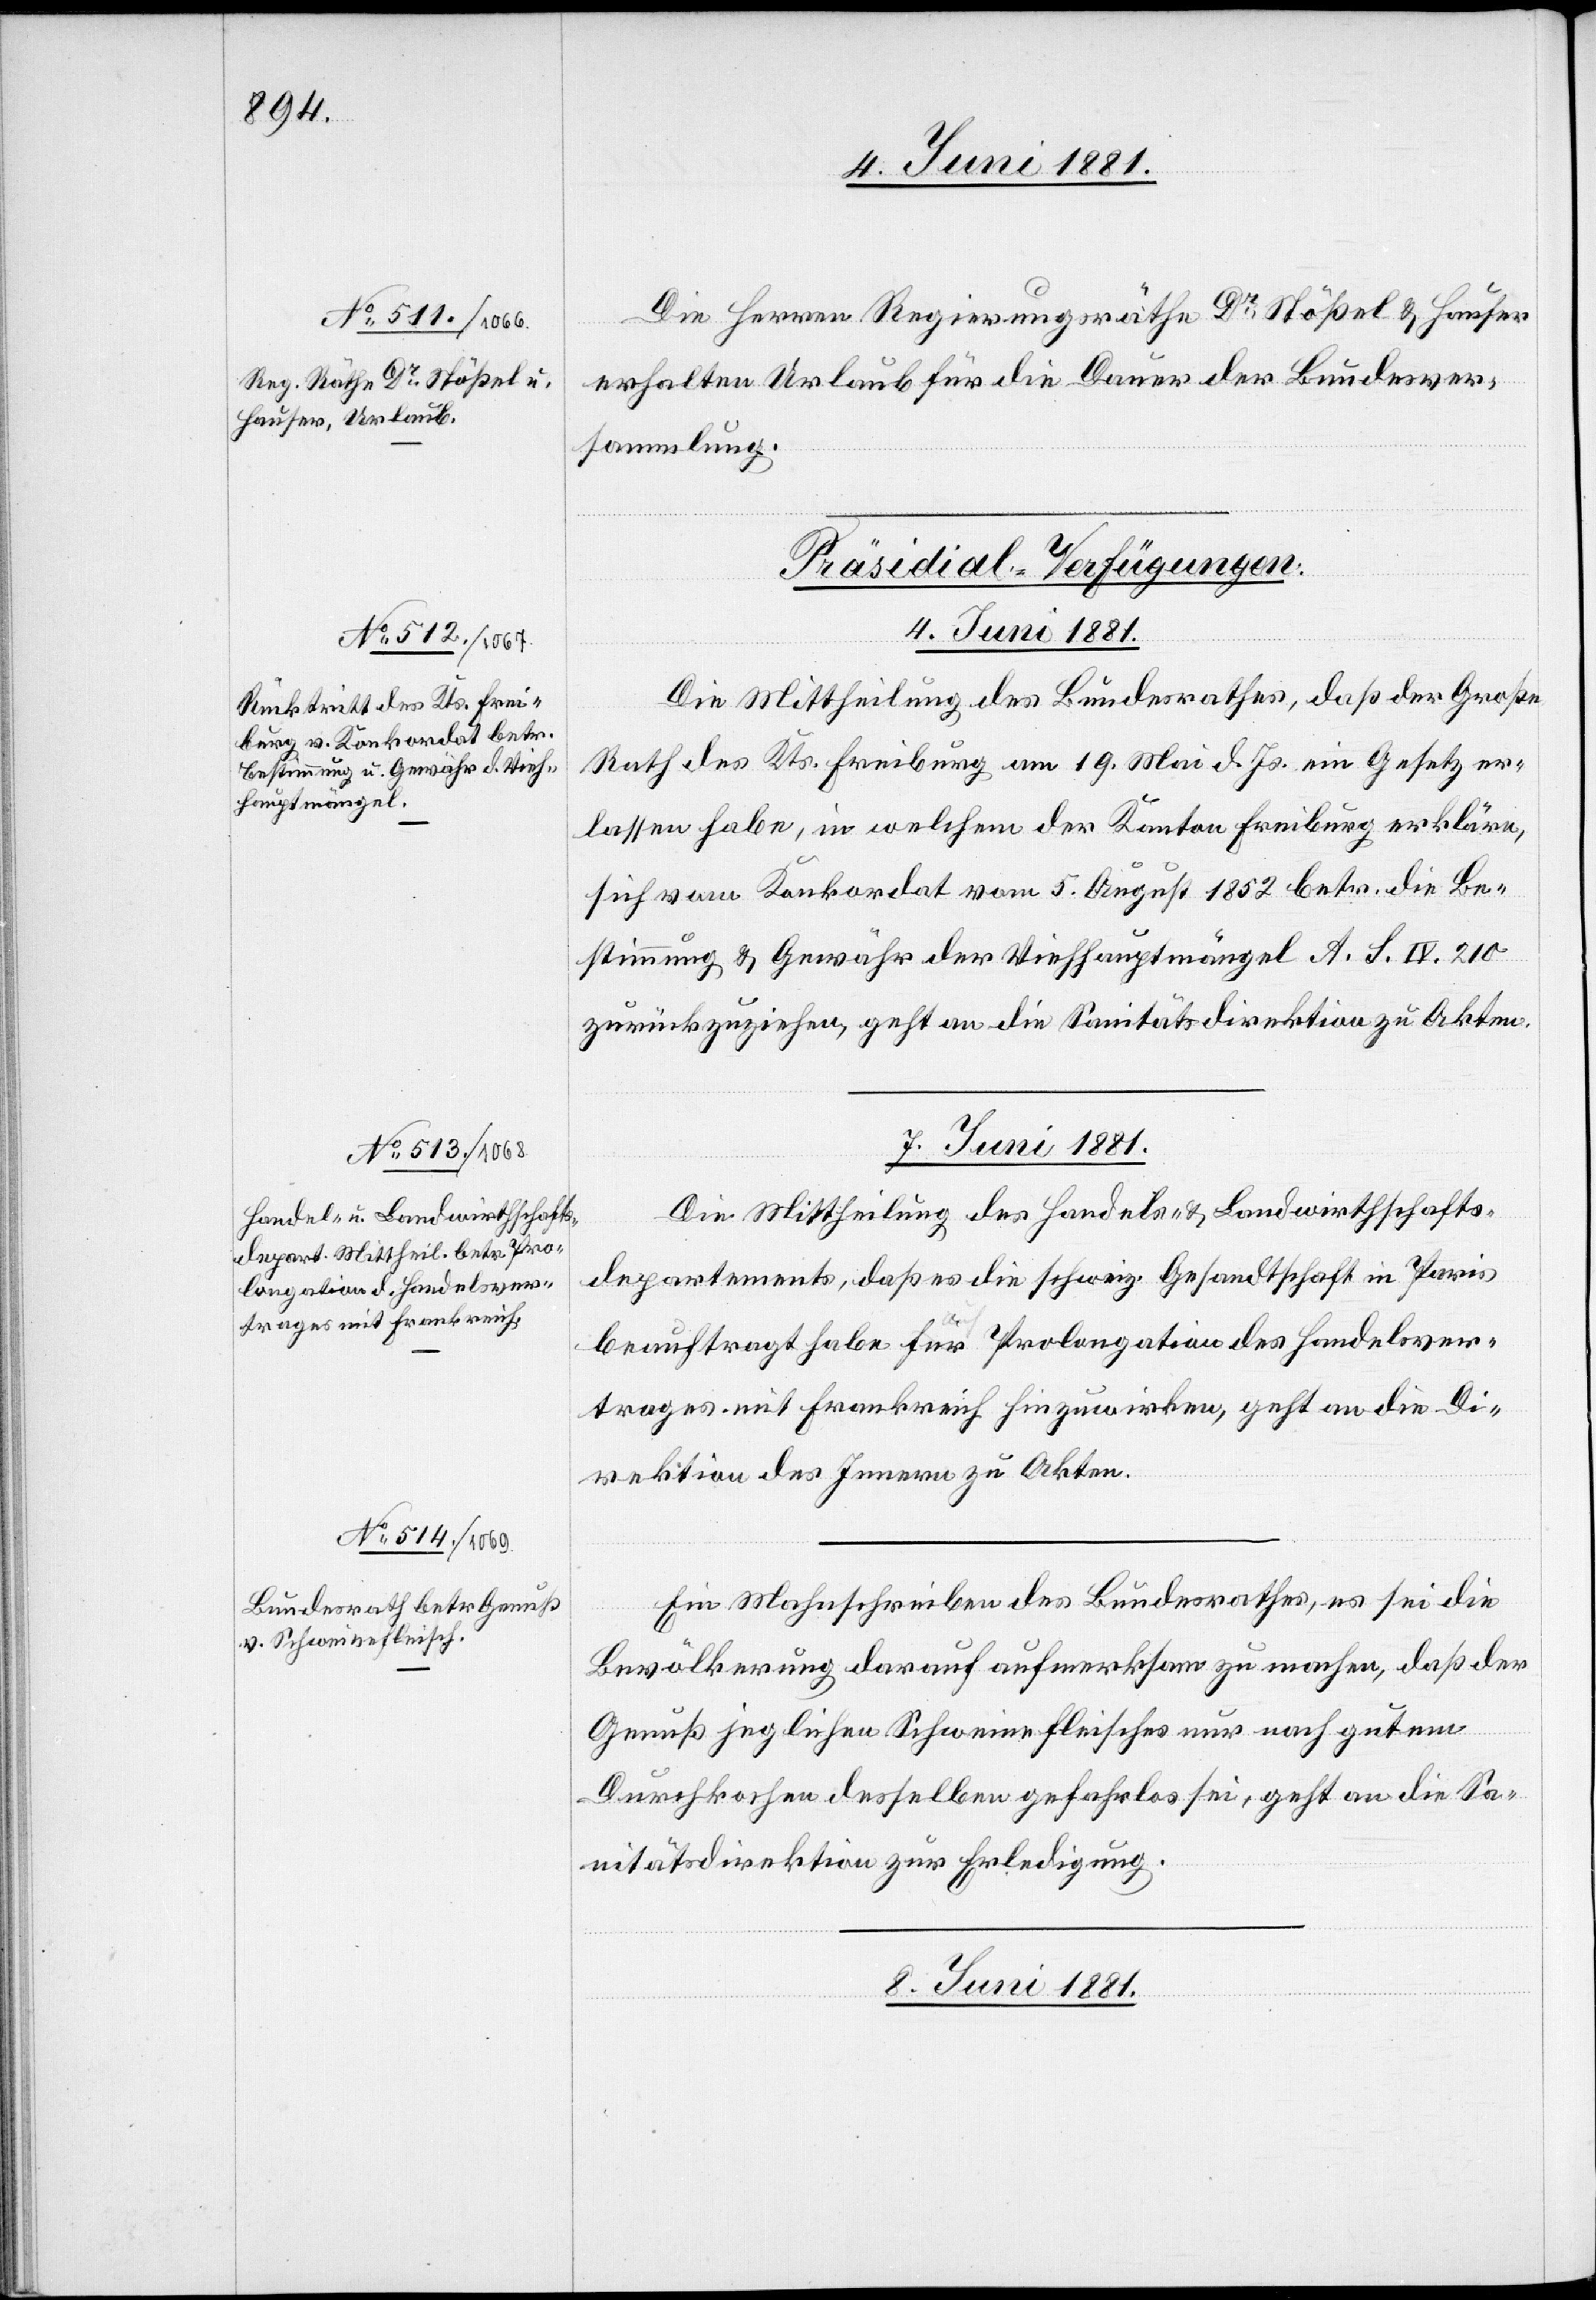
Die Herren Regierungsräthe Dr Stößel & Hauser
erhalten Urlaub für die Dauer der Bundesver¬
sammlung.
[Präsidial-Verfügungen:
4. Juni 1881
Die Mittheilung des Bundesrathes, daß der Große
Rath des Kts. Freiburg am 19. Mai d. Js. ein Gesetz er¬
lassen habe, in welchem der Kanton Freiburg erkläre,
sich vom Konkordat vom 5. August 1852 betr. die Be¬
stimmung & Gewähr der Viehhauptmängel A. S. IV. 210
zurückzuziehen, geht an die Sanitätsdirektion zu Akten.
7. Juni 1881]
Die Mittheilung des Handels- & Landwirthschafts¬
departements, daß es die schweiz. Gesandtschaft in Paris
beauftragt habe für Prolongation des Handelsver¬
trages mit Frankreich hinzuwirken, geht an die Di¬
rektion des Innern zu Akten.
Ein Mahnschreiben des Bundesrathes, es sei die
Bevölkerung darauf aufmerksam zu machen, daß der
Genuß jeglichen Schweinefleisches nur nach gutem
Durchkochen desselben gefahrlos sei, geht an die Sa¬
nitätsdirektion zur Erledigung.